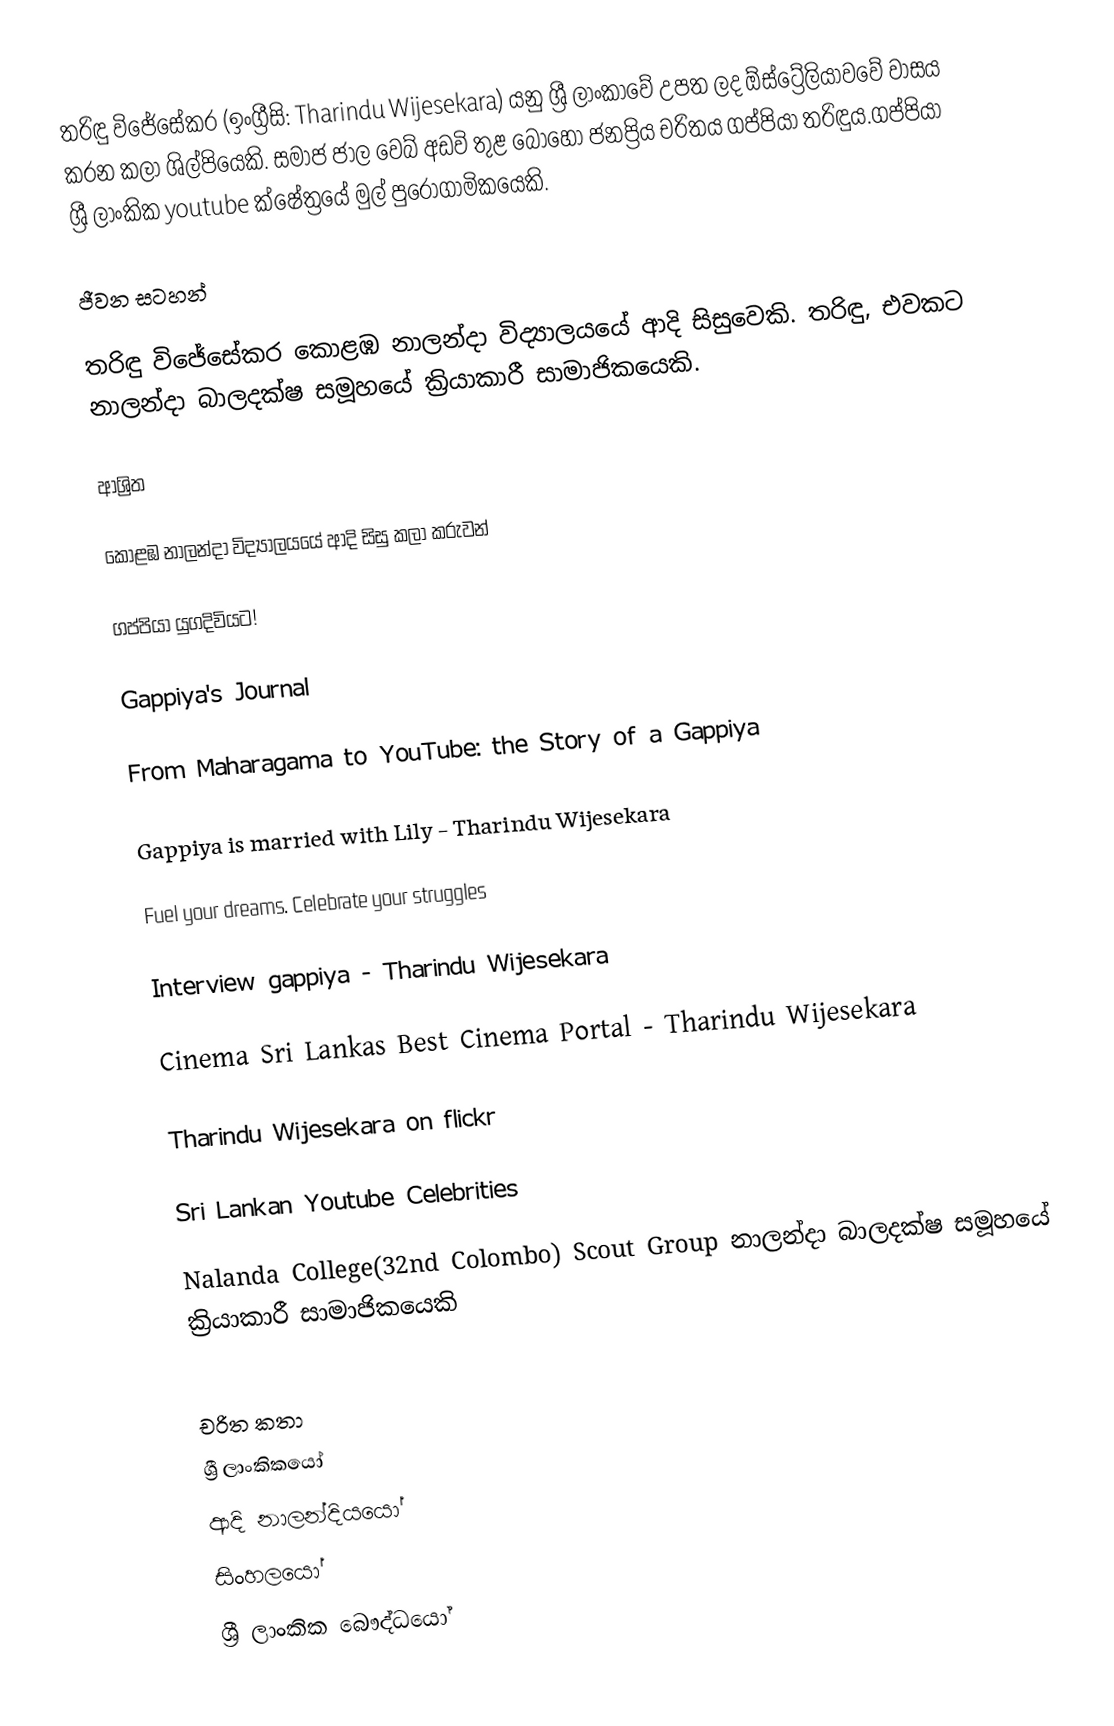
තරිඳු විජේසේකර (ඉංග්‍රීසි: Tharindu Wijesekara) යනු ශ්‍රී ලාංකාවේ උපත ලද ඕස්ට්‍රේලියාවවේ වාසය කරන කලා ශිල්පියෙකි. සමාජ ජාල වෙබ් අඩවි තුළ බොහෝ ජනප්‍රිය චරිතය ගප්පියා තරිඳුය.ගප්පියා ශ්‍රී ලාංකික youtube ක්ෂේත්‍රයේ මුල්  පුරෝගාමිකයෙකි.

ජීවන සටහන්

තරිඳු විජේසේකර කොළඹ නාලන්දා විද්‍යාලයයේ ආදි සිසුවෙකි. තරිඳු, එවකට නාලන්දා බාලදක්ෂ සමූහයේ ක්‍රියාකාරී සාමාජිකයෙකි.

ආශ්‍රිත

 කොළඹ නාලන්දා විද්‍යාලයයේ ආදි සිසු කලා කරුවන්

 ගප්පියා යුගදිවියට!

 Gappiya's Journal

 From Maharagama to YouTube: the Story of a Gappiya

 Gappiya is married with Lily - Tharindu Wijesekara

 Fuel your dreams. Celebrate your struggles

 Interview gappiya - Tharindu Wijesekara

 Cinema Sri Lankas Best Cinema Portal - Tharindu Wijesekara

 Tharindu Wijesekara on flickr

 Sri Lankan Youtube Celebrities

 Nalanda College(32nd Colombo) Scout Group නාලන්දා බාලදක්ෂ සමූහයේ ක්‍රියාකාරී සාමාජිකයෙකි

චරිත කතා
ශ්‍රී ලාංකිකයෝ
ආදි නාලන්දියයෝ
සිංහලයෝ
ශ්‍රී ලාංකික බෞද්ධයෝ